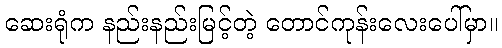
ဆေးရုံက နည်းနည်းမြင့်တဲ့ တောင်ကုန်းလေးပေါ်မှာ။